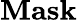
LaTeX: \mathbf{Mask}